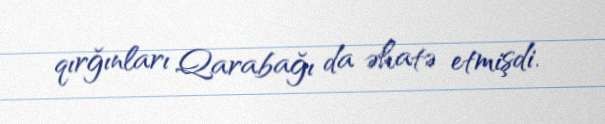
qırğınları Qarabağı da əhatə etmişdi.